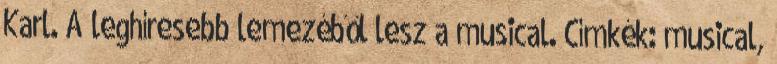
Karl. A leghíresebb lemezéből lesz a musical. Címkék: musical,